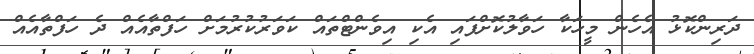
ދަރިންކޮޅު އެހެން މީހަކާ ހަވާލުކޮށްފައި އެކި އިވެންޓްތައް ކަވަރުކުރުމަށް ހަފްތާއެއް ދެ ހަފްތާއެއް